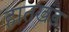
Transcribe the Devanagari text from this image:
हातखंड